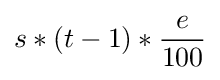
s*(t-1)*{\frac {e}{100}}